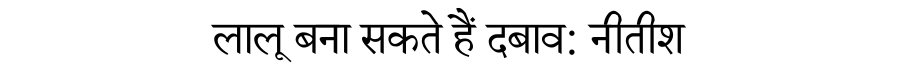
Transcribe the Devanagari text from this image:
लालू बना सकते हैं दबाव: नीतीश